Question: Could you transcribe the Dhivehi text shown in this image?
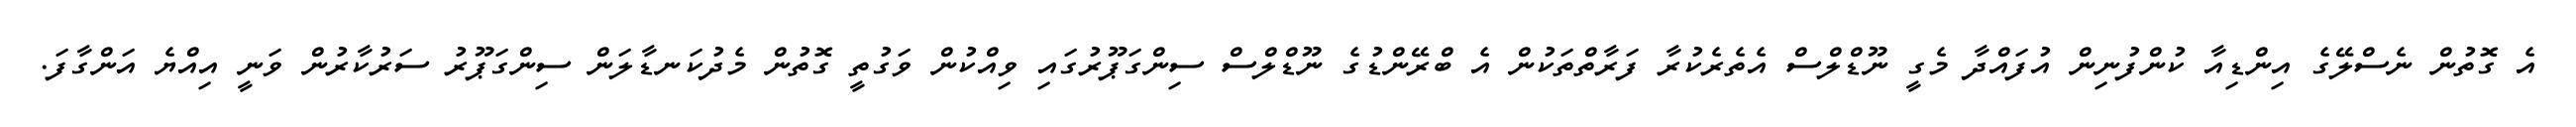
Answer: އެ ގޮތުން ނެސްލޭގެ އިންޑިއާ ކުންފުނިން އުފައްދާ މެގީ ނޫޑްލްސް އެތެރެކުރާ ފަރާތްތަކުން އެ ބްރޭންޑުގެ ނޫޑްލްސް ސިންގަޕޫރުގައި ވިއްކުން ވަގުތީ ގޮތުން މެދުކަނޑާލަން ސިންގަޕޫރު ސަރުކާރުން ވަނީ އިއްޔެ އަންގާފަ.